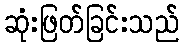
ဆုံးဖြတ်ခြင်းသည်